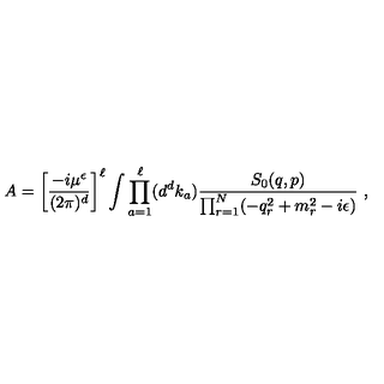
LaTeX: A = \left[ { \frac { - i \mu ^ { \epsilon } } { ( 2 \pi ) ^ { d } } } \right] ^ { \ell } \int \prod _ { a = 1 } ^ { \ell } ( d ^ { d } k _ { a } ) { \frac { S _ { 0 } ( q , p ) } { \prod _ { r = 1 } ^ { N } ( - q _ { r } ^ { 2 } + m _ { r } ^ { 2 } - i \epsilon ) } } \ ,